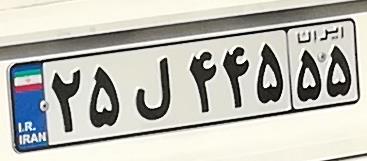
۲۵ل۴۴۵۵۵